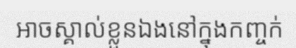
អាចស្គាល់ខ្លួនឯងនៅក្នុងកញ្ចក់